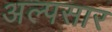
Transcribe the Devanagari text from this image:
अल्पसार